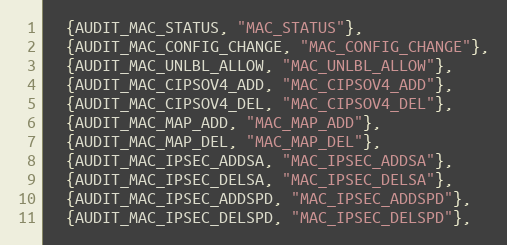
Language: C
  {AUDIT_MAC_STATUS, "MAC_STATUS"},
  {AUDIT_MAC_CONFIG_CHANGE, "MAC_CONFIG_CHANGE"},
  {AUDIT_MAC_UNLBL_ALLOW, "MAC_UNLBL_ALLOW"},
  {AUDIT_MAC_CIPSOV4_ADD, "MAC_CIPSOV4_ADD"},
  {AUDIT_MAC_CIPSOV4_DEL, "MAC_CIPSOV4_DEL"},
  {AUDIT_MAC_MAP_ADD, "MAC_MAP_ADD"},
  {AUDIT_MAC_MAP_DEL, "MAC_MAP_DEL"},
  {AUDIT_MAC_IPSEC_ADDSA, "MAC_IPSEC_ADDSA"},
  {AUDIT_MAC_IPSEC_DELSA, "MAC_IPSEC_DELSA"},
  {AUDIT_MAC_IPSEC_ADDSPD, "MAC_IPSEC_ADDSPD"},
  {AUDIT_MAC_IPSEC_DELSPD, "MAC_IPSEC_DELSPD"},